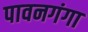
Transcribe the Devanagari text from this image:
पावनगंगा